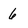
Character: 6